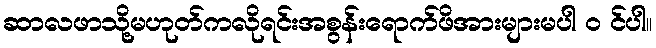
ဆာလဖာသို့မဟုတ်ကလိုရင်းအစွန်းရောက်ဖိအားများမပါ ၀ င်ပါ။